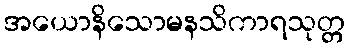
အယောနိသောမနသိကာရသုတ္တ